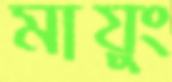
মায়ুং